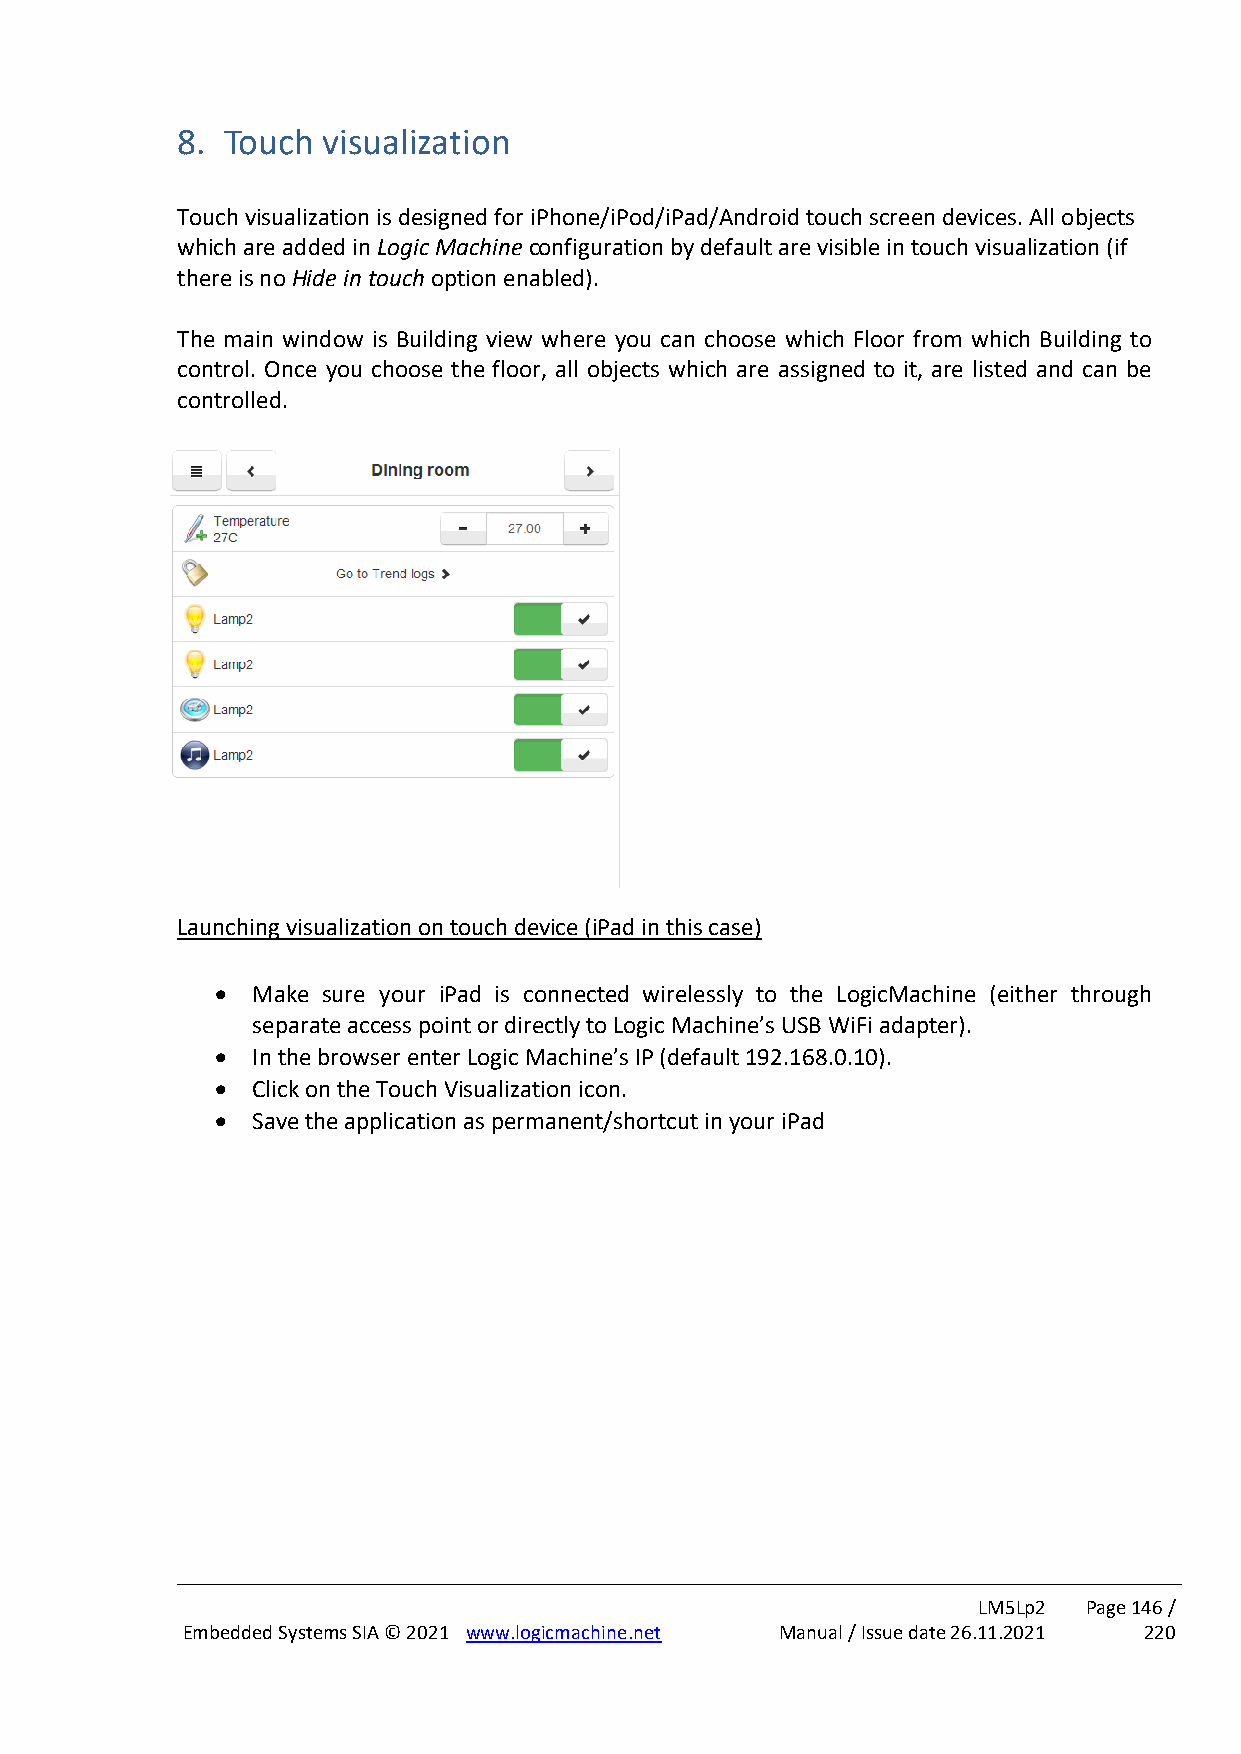
8. Touch visualization
 Touch visualization is designed for iPhone/iPod/iPad/Android touch screen devices. All objects
 which are added in Logic Machine configuration by default are visible in touch visualization (if
 there is no Hide in touch option enabled).
 The main window is Building view where you can choose which Floor from which Building to
 control. Once you choose the floor, all objects which are assigned to it, are listed and can be
 controlled.
 Launching visualization on touch device (iPad in this case)
 •  Make sure your iPad is connected wirelessly to the LogicMachine (either through
 separate access point or directly to Logic Machine’s USB WiFi adapter).
 •  In the browser enter Logic Machine’s IP (default 192.168.0.10).
 •  Click on the Touch Visualization icon.
 •  Save the application as permanent/shortcut in your iPad
 LM5Lp2 Page 146 /
 Embedded Systems SIA © 2021 www.logicmachine.net Manual / Issue date 26.11.2021 220